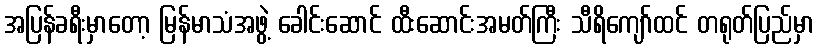
အပြန်ခရီးမှာတော့ မြန်မာသံအဖွဲ့ ခေါင်းဆောင် ထီးဆောင်းအမတ်ကြီး သီရိကျော်ထင် တရုတ်ပြည်မှာ